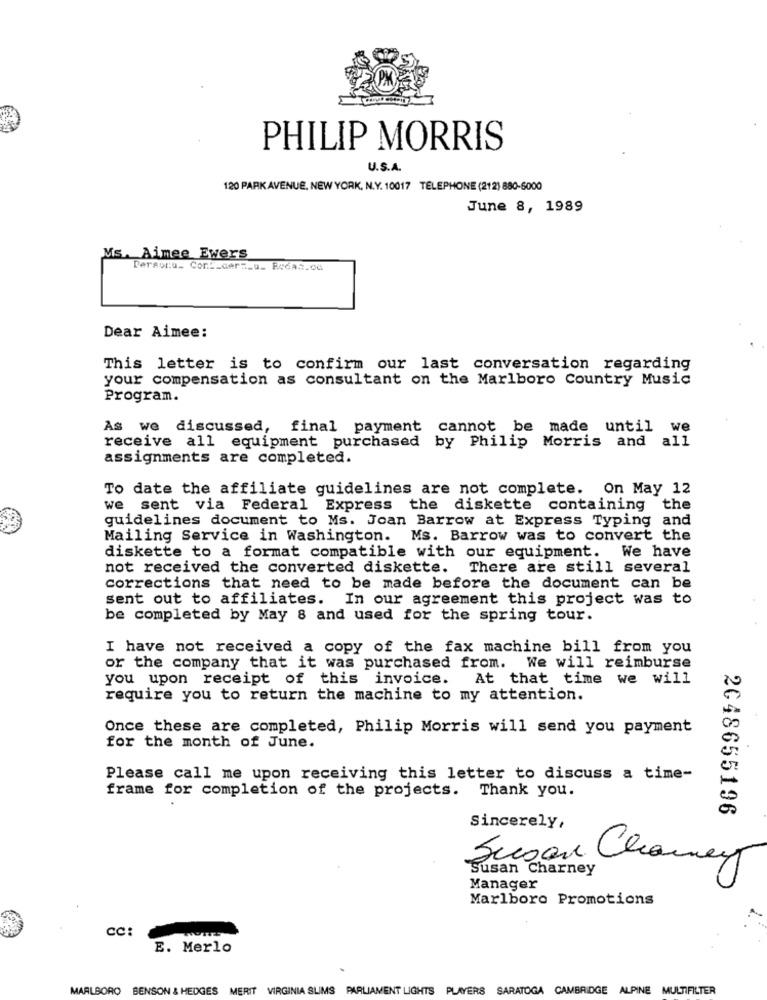
PHILIP MORRIS
U.S.A.
120 PARK AVENUE, NEW YORK, N.Y. 10017 TELEPHONE (212) 880-6000
June 8, 1989
Ms. Aimee Ewers
Personu_ Con __ cerz_u_ Redan.ca
Dear Aimee:
This letter is to confirm our last conversation regarding
your compensation as consultant on the Marlboro Country Music
Program.
As we discussed, final payment cannot be made until we
receive all equipment purchased by Philip Morris and all
assignments are completed.
To date the affiliate guidelines are not complete. On May 12
we sent via Federal Express the diskette
containing the
guidelines document to Ms. Joan Barrow at Express Typing and
Mailing Service in Washington. Ms. Barrow was to convert the
diskette to a format compatible with our equipment. We have
not received the converted diskette. There are still several
corrections that need to be made before the document can be
sent out to affiliates. In our agreement this project was to
be completed by May 8 and used for the spring tour.
I have not received a copy of the fax machine bill from you
or the company that it was purchased from. We will reimburse
you upon receipt of this invoice.
At that time we will
require you to return the machine to my attention.
Once these are completed, Philip Morris will send you payment
for the month of June.
Please call me upon receiving this letter to discuss a time-
frame for completion of the projects. Thank you.
2048655196
Sincerely,
Susan Chaney
Susan Charney
Manager
Marlboro Promotions
cc:
E. Merlo
MARLBORO BENSON & HEDGES MERIT VIRGINIA SLIMS PARLIAMENT LIGHTS PLAYERS SARATOGA CAMBRIDGE ALPINE MULTIFILTER